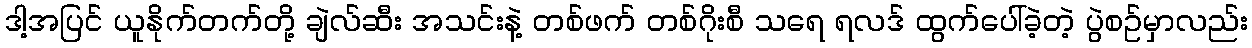
ဒါ့အပြင် ယူနိုက်တက်တို့ ချဲလ်ဆီး အသင်းနဲ့ တစ်ဖက် တစ်ဂိုးစီ သရေ ရလဒ် ထွက်ပေါ်ခဲ့တဲ့ ပွဲစဥ်မှာလည်း